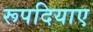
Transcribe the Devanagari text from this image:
रूपदियाए